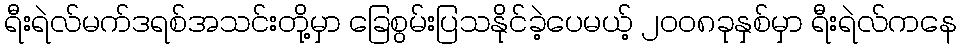
ရီးရဲလ်မက်ဒရစ်အသင်းတို့မှာ ခြေစွမ်းပြသနိုင်ခဲ့ပေမယ့် ၂၀၀၈ခုနှစ်မှာ ရီးရဲလ်ကနေ